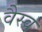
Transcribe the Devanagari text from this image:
वैस्‍व